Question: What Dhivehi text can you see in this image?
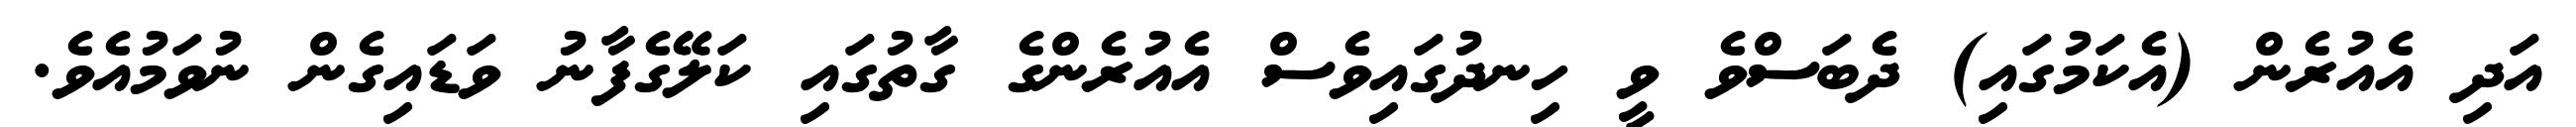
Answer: އަދި އެއުރެން (އެކަމުގައި) ދެބަސްވެ ވީ ހިނދުގައިވެސް އެއުރެންގެ ގާތުގައި ކަލޭގެފާނު ވަޑައިގެން ނުވަމުއެވެ.